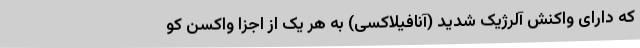
که دارای واکنش آلرژیک شدید (آنافیلاکسی) به هر یک از اجزا واکسن کو